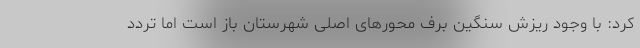
کرد: با وجود ریزش سنگین برف محورهای اصلی شهرستان باز است اما تردد